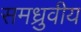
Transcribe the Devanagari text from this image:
समध्रुवीय